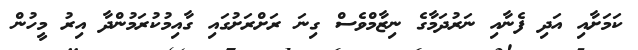
ކަމަށާއި އަދި ފެނާއި ނަރުދަމާގެ ނިޒާމްވެސް ގިނަ ރަށްރަށުގައި ގާއިމުކުރަމުންދާ އިރު މީހުން